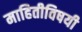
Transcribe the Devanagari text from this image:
माहितीविषयी